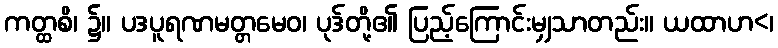
ကတ္ထစိ၊ ၌။ ပဒပူရဏမတ္တမေဝ၊ ပုဒ်တို့၏ ပြည့်ကြောင်းမျှသာတည်း။ ယထာဟ<၊